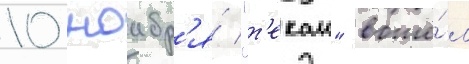
10 ноабр'я́ "т'екаи" вошё́л